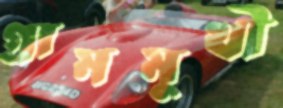
গ্রামমুখী